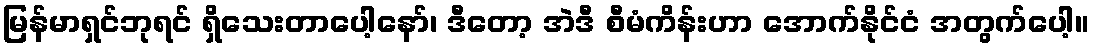
မြန်မာရှင်ဘုရင် ရှိသေးတာပေါ့နော်၊ ဒီတော့ အဲဒီ စီမံကိန်းဟာ အောက်နိုင်ငံ အတွက်ပေါ့။